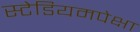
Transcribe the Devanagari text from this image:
स्टेडियमपेक्षा